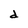
Character: d